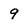
Character: 9